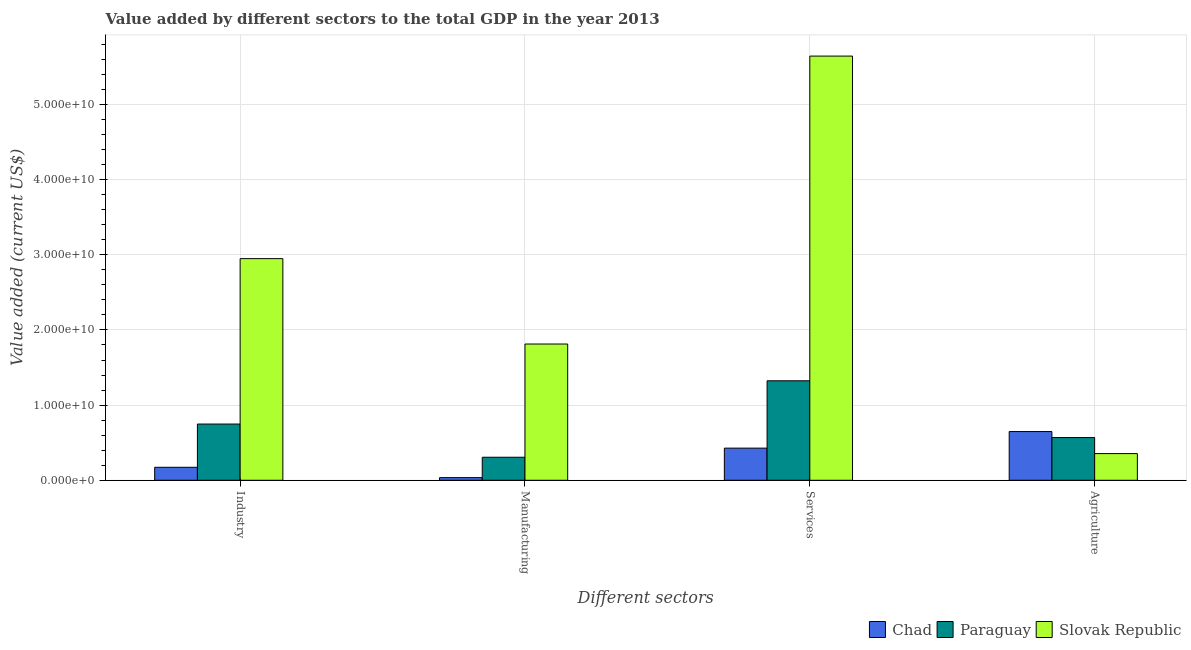
| Different sectors | Chad | Paraguay | Slovak Republic |
 | --- | --- | --- | --- |
 | Industry | 1.73e+09 | 7.48e+09 | 2.95e+10 |
 | Manufacturing | 3.52e+08 | 3.06e+09 | 1.81e+10 |
 | Services | 4.28e+09 | 1.32e+10 | 5.64e+10 |
 | Agriculture | 6.48e+09 | 5.68e+09 | 3.55e+09 |